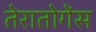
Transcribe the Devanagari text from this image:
तेरातोगेंस